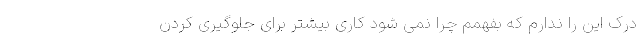
درک این را ندارم که بفهمم چرا نمی شود کاری بیشتر برای جلوگیری کردن